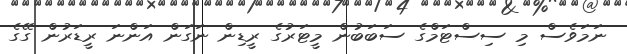
ނަމަވެސް މި ސިސްޓަމްގެ ސަބަބުން މީޓަރުގެ ރީޑިން ނަގަން އަންނަ ރީޑަރުން ގޭގެ